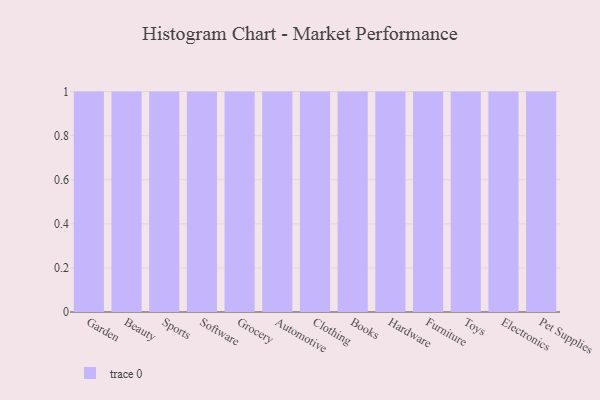
{"axis": {"x": "Category", "y": "Website Visitors"}, "legend": [""], "data": [{"x": "Garden", "y": 50, "type": ""}, {"x": "Beauty", "y": 62, "type": ""}, {"x": "Sports", "y": 43, "type": ""}, {"x": "Software", "y": 33, "type": ""}, {"x": "Grocery", "y": 10, "type": ""}, {"x": "Automotive", "y": 29, "type": ""}, {"x": "Clothing", "y": 93, "type": ""}, {"x": "Books", "y": 37, "type": ""}, {"x": "Hardware", "y": 22, "type": ""}, {"x": "Furniture", "y": 43, "type": ""}, {"x": "Toys", "y": 15, "type": ""}, {"x": "Electronics", "y": 33, "type": ""}, {"x": "Pet Supplies", "y": 57, "type": ""}]}